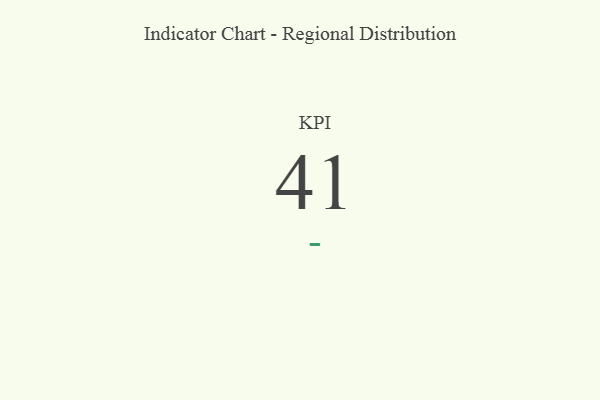
{"axis": {"x": "KPI", "y": "Value"}, "legend": [""], "data": [{"x": "KPI", "y": 41, "type": ""}]}